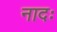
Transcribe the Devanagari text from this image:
नादः